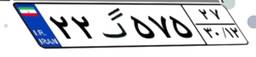
۲۲گ۵۷۵۲۷